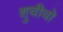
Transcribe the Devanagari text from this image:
शुचीवो